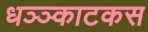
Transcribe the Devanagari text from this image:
धञ्ञ्काटकस